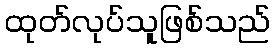
ထုတ်လုပ်သူဖြစ်သည်